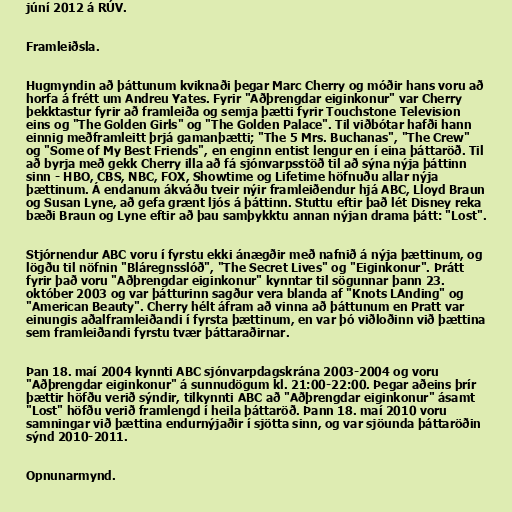
júní 2012 á RÚV.

Framleiðsla.

Hugmyndin að þáttunum kviknaði þegar Marc Cherry og móðir hans voru að
horfa á frétt um Andreu Yates. Fyrir "Aðþrengdar eiginkonur" var Cherry
þekktastur fyrir að framleiða og semja þætti fyrir Touchstone Television
eins og "The Golden Girls" og "The Golden Palace". Til viðbótar hafði hann
einnig meðframleitt þrjá gamanþætti; "The 5 Mrs. Buchanas", "The Crew"
og "Some of My Best Friends", en enginn entist lengur en í eina þáttaröð. Til
að byrja með gekk Cherry illa að fá sjónvarpsstöð til að sýna nýja þáttinn
sinn - HBO, CBS, NBC, FOX, Showtime og Lifetime höfnuðu allar nýja
þættinum. Á endanum ákváðu tveir nýir framleiðendur hjá ABC, Lloyd Braun
og Susan Lyne, að gefa grænt ljós á þáttinn. Stuttu eftir það lét Disney reka
bæði Braun og Lyne eftir að þau samþykktu annan nýjan drama þátt: "Lost".

Stjórnendur ABC voru í fyrstu ekki ánægðir með nafnið á nýja þættinum, og
lögðu til nöfnin "Bláregnsslóð", "The Secret Lives" og "Eiginkonur". Þrátt
fyrir það voru "Aðþrengdar eiginkonur" kynntar til sögunnar þann 23.
október 2003 og var þátturinn sagður vera blanda af "Knots LAnding" og
"American Beauty". Cherry hélt áfram að vinna að þáttunum en Pratt var
einungis aðalframleiðandi í fyrsta þættinum, en var þó viðloðinn við þættina
sem framleiðandi fyrstu tvær þáttaraðirnar.

Þan 18. maí 2004 kynnti ABC sjónvarpdagskrána 2003-2004 og voru
"Aðþrengdar eiginkonur" á sunnudögum kl. 21:00-22:00. Þegar aðeins þrír
þættir höfðu verið sýndir, tilkynnti ABC að "Aðþrengdar eiginkonur" ásamt
"Lost" höfðu verið framlengd í heila þáttaröð. Þann 18. maí 2010 voru
samningar við þættina endurnýjaðir í sjötta sinn, og var sjöunda þáttaröðin
sýnd 2010-2011.

Opnunarmynd.